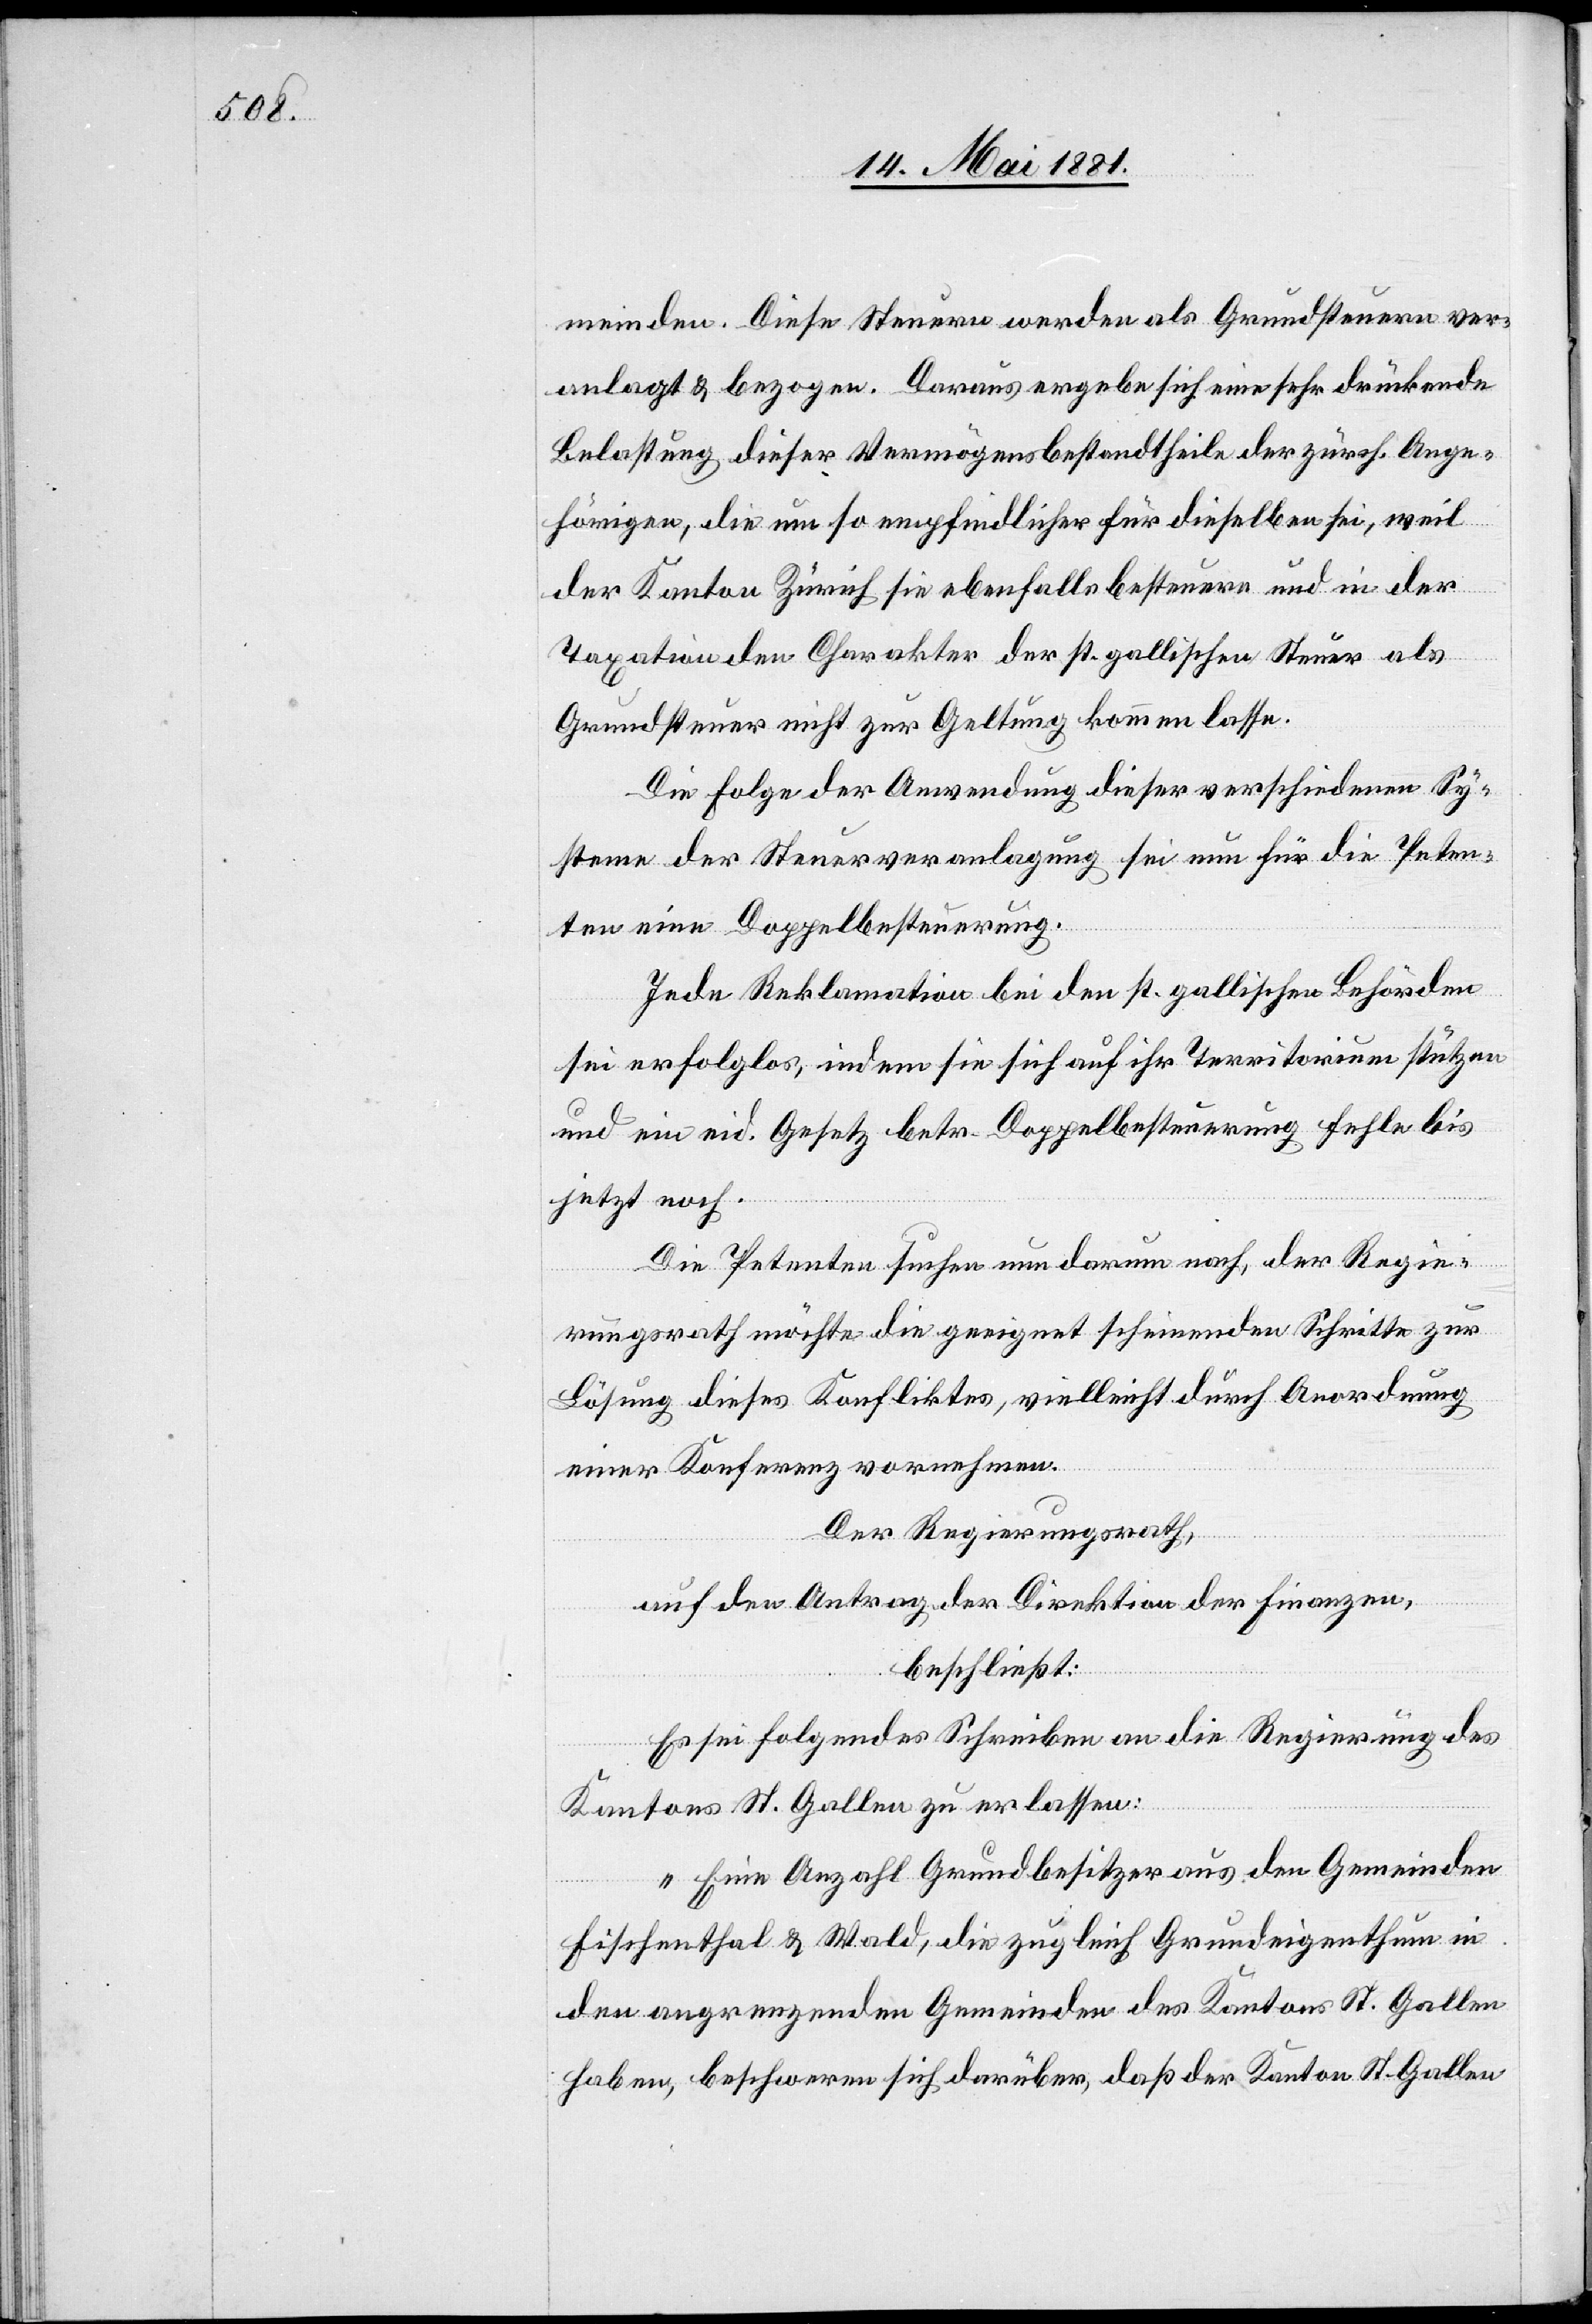
meinden. Diese Steuern werden als Grundsteuern ver¬
anlagt & bezogen. Daraus ergebe sich eine sehr drückende
Belastung dieser Vermögensbestandteilen der zürch. Ange¬
hörigen, die um so empfindlicher für dieselben sei, weil
der Kanton Zürich sie ebenfalls besteuere und in der
Taxation den Charakter der st. gallischen Steuer als
Grundsteuer nicht zur Geltung kommen lasse.
Die Folge der Anwendung dieser verschiedenen Sy¬
steme der Steuerveranlagung sei nun für die Peten¬
ten eine Doppelbesteuerung.
Jede Reklamation bei den st. gallischen Behörden
sei erfolglos, indem sie sich auf ihr Territorium stützen
und ein eid. Gesetz betr. Doppelbesteuerung fehle bis
jetzt noch.
Die Petenten suchen nun darum nach, der Regie¬
rungsrath möchte die geeignet scheinenden Schritte zur
Lösung dieses Konfliktes, vielleicht durch Anordnung
einer Konferenz vornehmen.
Der Regierungsrath,
auf den Antrag der Direktion der Finanzen,
beschließt:
Es sei folgendes Schreiben an die Regierung des
Kantons St. Gallen zu erlassen:
„Eine Anzahl Grundbesitzer aus den Gemeinden
Fischenthal & Wald, die zugleich Grundeigenthum in
den angrenzenden Gemeinden des Kantons St. Gallen
haben, beschweren sich darüber, daß der Kanton St. Gallen